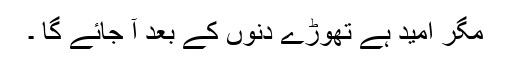
مگر امید ہے تھوڑے دنوں کے بعد آ جائے گا ۔